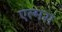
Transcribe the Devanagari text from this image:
एल्मस